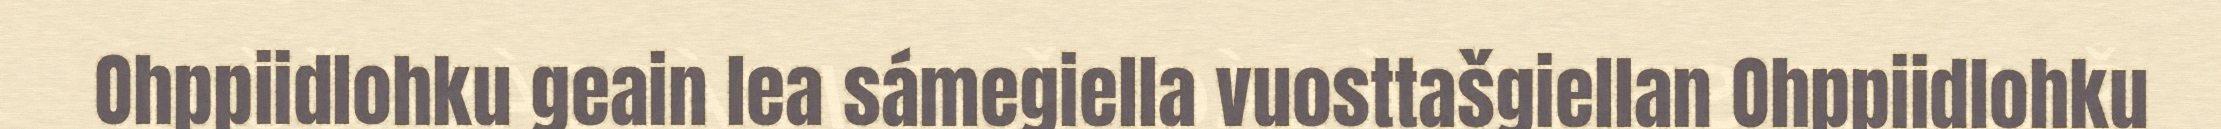
Ohppiidlohku geain lea sámegiella vuosttašgiellan Ohppiidlohku